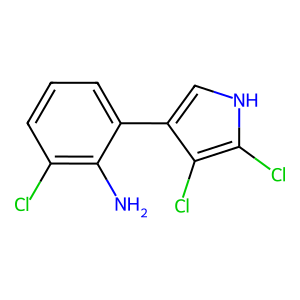
SMILES: Nc1c(Cl)cccc1-c1c[nH]c(Cl)c1Cl
Inhibits HIV replication: No